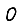
Digit: 0